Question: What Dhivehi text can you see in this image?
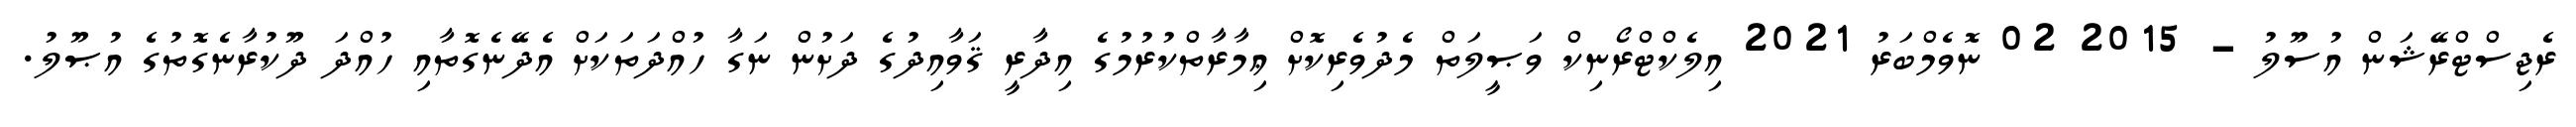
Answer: ރެޖިސްޓްރޭޝަން އުސޫލު - 2015 02 ނޮވެމްބަރު 2021 އިލެކްޓްރޯނިކް ވަޞީލަތް މެދުވެރިކޮށް ޢިމާރާތްކުރުމުގެ އިދާރީ ޤަވާއިދުގެ ދަށުން ނަގާ ހުއްދަތަކަށް އެދޭނެގޮތާއި ހުއްދަ ދޫކުރާނެގޮތުގެ އުޞޫލު.